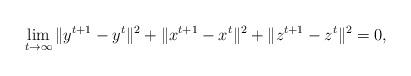
LaTeX: \begin{align*} \lim_{t \rightarrow \infty} \|y^{t+1} - y^t\|^2 + \|x^{t+1} - x^t\|^2 + \|z^{t+1} - z^t\|^2 = 0,\end{align*}